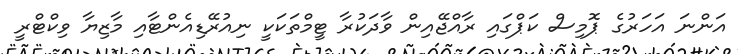
އަންނަ އަހަރުގެ ޕޮމިސް ކަޕްގައި ރާއްޖޭއިން ވާދަކުރާ ޓީމްތަކަކީ ނިއުރޭޑިއެންޓާއި މާޒިޔާ ވިކްޓްރީ